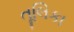
તૂલિકા